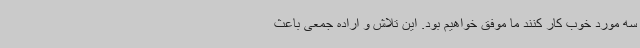
سه مورد خوب کار کنند ما موفق خواهیم بود. این تلاش و اراده جمعی باعث